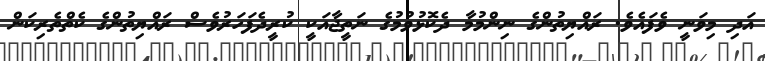
އަދި މިވަނީ ވެފައެވެ. ރައްޔިތުންގެ ނިންމުމާ ދެކޮޅުވުމުގެ ނަތީޖާއަކީ ކުރީދެފަހަރުވެސް ރައްޔިތުންގެ ކެތްތެރިކަން